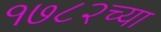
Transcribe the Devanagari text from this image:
१७८२च्या